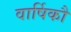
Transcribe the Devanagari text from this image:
वार्षिकौ